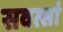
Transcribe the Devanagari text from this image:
सवत्सां